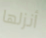
أنزلها